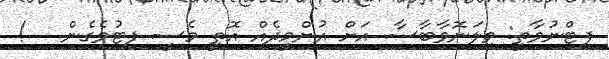
ފިޓްނުވާތީ: ވިލަނޮވާބާސާ އަށް އުންމީދެއް އޮތީ މެސީ ފިޓުވެގެން   !